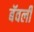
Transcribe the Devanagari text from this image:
बॅवर्ली